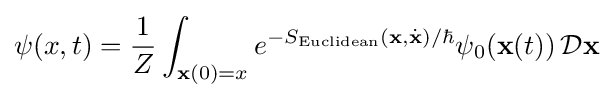
\psi (x,t)={\frac {1}{Z}}\int _{\mathbf {x} (0)=x}e^{-S_{\mathrm {Euclidean} }(\mathbf {x} ,{\dot {\mathbf {x} }})/\hbar }\psi _{0}(\mathbf {x} (t))\,{\mathcal {D}}\mathbf {x}